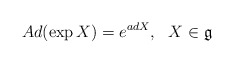
\begin{align*}Ad(\exp X) = e^{adX},~~X\in \mathfrak{g}\end{align*}